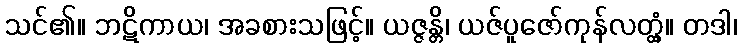
သင်၏။ ဘဋိကာယ၊ အခစားသဖြင့်။ ယဇ္ဇန္တိ၊ ယဇ်ပူဇော်ကုန်လတ္တံ့။ တဒါ၊